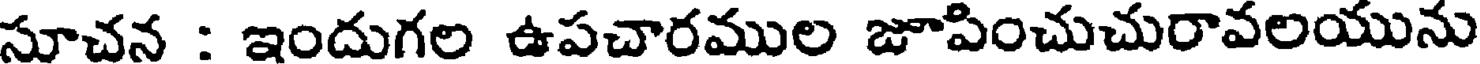
సూచన : ఇందుగల ఉపచారముల జూపించుచురావలయును